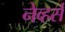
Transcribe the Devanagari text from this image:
नेव्हर्स